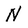
Character: N